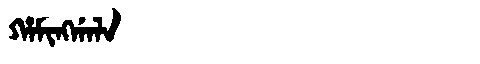
Manchu: ᡥᠠᠮᡳᠩᡤᠠᠯᠠ
Romanization: HAMINGGALA